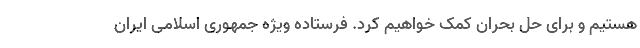
هستیم و برای حل بحران کمک خواهیم کرد. فرستاده ویژه جمهوری اسلامی ایران